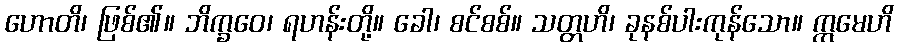
ဟောတိ၊ ဖြစ်၏။ ဘိက္ခဝေ၊ ရဟန်းတို့။ ခေါ၊ စင်စစ်။ သတ္တဟိ၊ ခုနစ်ပါးကုန်သော။ ဣမေဟိ